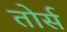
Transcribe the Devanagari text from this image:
तोर्स